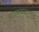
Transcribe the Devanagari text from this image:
अंधारबनातच